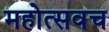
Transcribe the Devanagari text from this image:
महोत्सवच